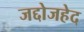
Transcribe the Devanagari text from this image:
जद्दोजहेद